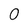
Character: O